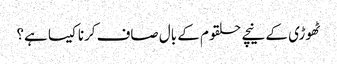
ٹھوڑی کے نیچے حلقوم کے بال صاف کرنا کیسا ہے؟